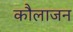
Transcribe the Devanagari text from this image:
कौलाजन